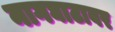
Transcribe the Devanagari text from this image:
नागघाटावर